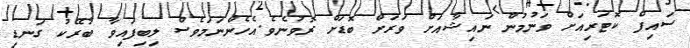
ސައިފް ކޮޓަރިއަށް ވަނުމުން ނައިޝާއަށް ވަރަށް ބޮޑަށް ރޮވުނެވެ.އެހެންނަމަވެސް ލިބިފައިވާ ބުރޭކު ގަނޑި